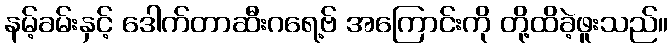
နမ့်ခမ်းနှင့် ဒေါက်တာဆီးဂရေ့ဗ် အကြောင်းကို တို့ထိခဲ့ဖူးသည်။